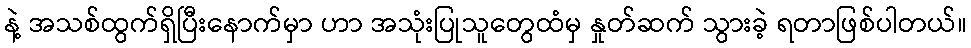
နဲ့ အသစ်ထွက်ရှိပြီးနောက်မှာ ဟာ အသုံးပြုသူတွေထံမှ နှုတ်ဆက် သွားခဲ့ ရတာဖြစ်ပါတယ်။